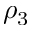
\rho _ { 3 }